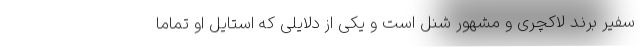
سفیر برند لاکچری و مشهور شنل است و یکی از دلایلی که استایل او تماما